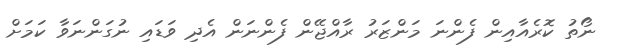
ނޯތު ކޮރެެއާއިން ފެންނަ މަަންޒަރު ރާއްޖޭން ފެންނަން އެދި ވަޑައި ނުގަންނަވާ ކަަމަށް